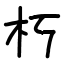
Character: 朽